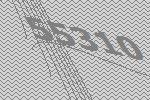
55310